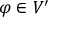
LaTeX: \varphi \in V ^ { \prime }